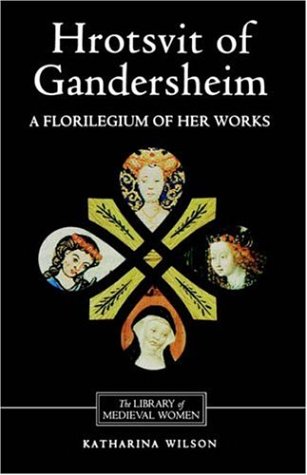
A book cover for Hrotsvit of Gandersheim (Library of Medieval Women); Katharina M. Wilson; Literature & Fiction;